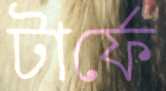
টার্ফে